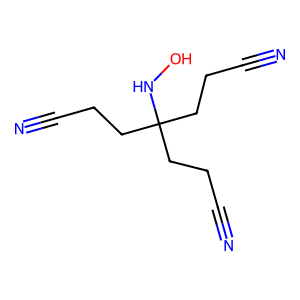
SMILES: N#CCCC(CCC#N)(CCC#N)NO
Inhibits HIV replication: No